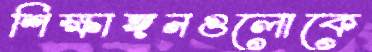
শিক্ষাঙ্গনগুলোকে